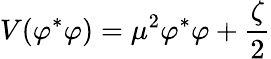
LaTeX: V(\varphi^{\ast}\varphi)=\mu^{2}\varphi^{\ast}\varphi+\frac{\zeta}{2}